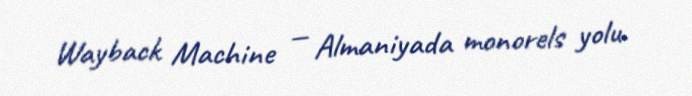
Wayback Machine — Almaniyada monorels yolu.